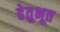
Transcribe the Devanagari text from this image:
हेतुभूत